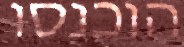
הוכנסו